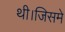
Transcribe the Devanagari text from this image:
थी।जिसमे